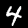
Label: 4